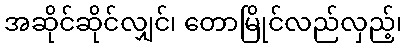
အဆိုင်ဆိုင်လျှင်၊ တောမြိုင်လည်လှည့်၊